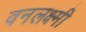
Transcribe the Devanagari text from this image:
वनलक्ष्मी